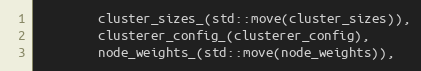
Language: C
        cluster_sizes_(std::move(cluster_sizes)),
        clusterer_config_(clusterer_config),
        node_weights_(std::move(node_weights)),